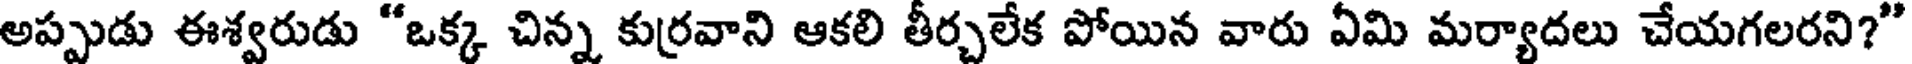
అప్పుడు ఈశ్వరుడు "ఒక్క చిన్న కురవాని ఆకలి తీర్చలేక పోయిన వారు ఏమి మర్యాదలు చేయగలరని?"